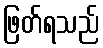
ဖြတ်ရသည်